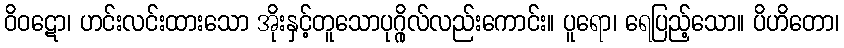
ဝိဝဋော၊ ဟင်းလင်းထားသော အိုးနှင့်တူသောပုဂ္ဂိုလ်လည်းကောင်း။ ပူရော၊ ရေပြည့်သော။ ပိဟိတော၊